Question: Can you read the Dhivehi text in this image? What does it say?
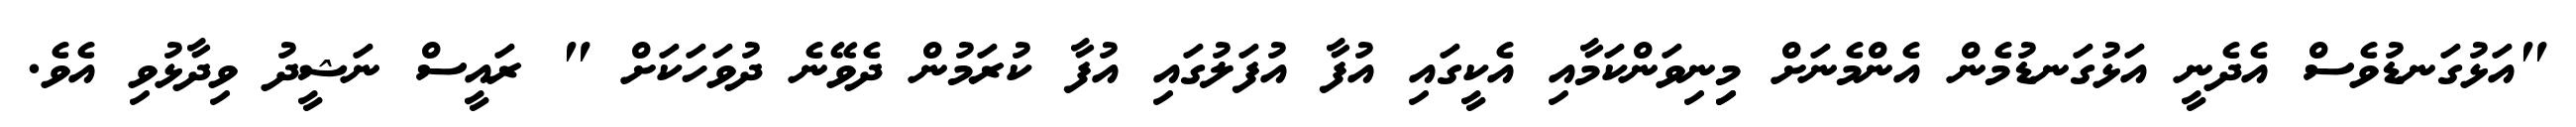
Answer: "އަޅުގަނޑުވެސް އެދެނީ އަޅުގަނޑުމެން އެންމެނަށް މިިނިވަންކަމާއި އެކީގައި އުފާ އުފަލުގައި އުފާ ކުރަމުން ދެވޭނެ ދުވަހަކަށް " ރައީސް ނަޝީދު ވިދާޅުވި އެވެ.